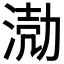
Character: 𭱅